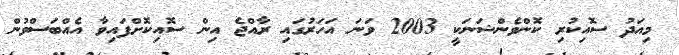
މިއަދު ސޮއިކުރި ކޮންވެންޝަނަކީ 2003 ވަނަ އަހަރުގައި ރާއްޖެ އިން ސޮއިކޮށްފައިވާ އެއްބަސްވުން